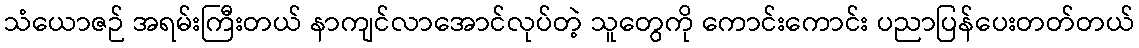
သံယောဇဉ် အရမ်းကြီးတယ် နာကျင်လာအောင်လုပ်တဲ့ သူတွေကို ကောင်းကောင်း ပညာပြန်ပေးတတ်တယ်